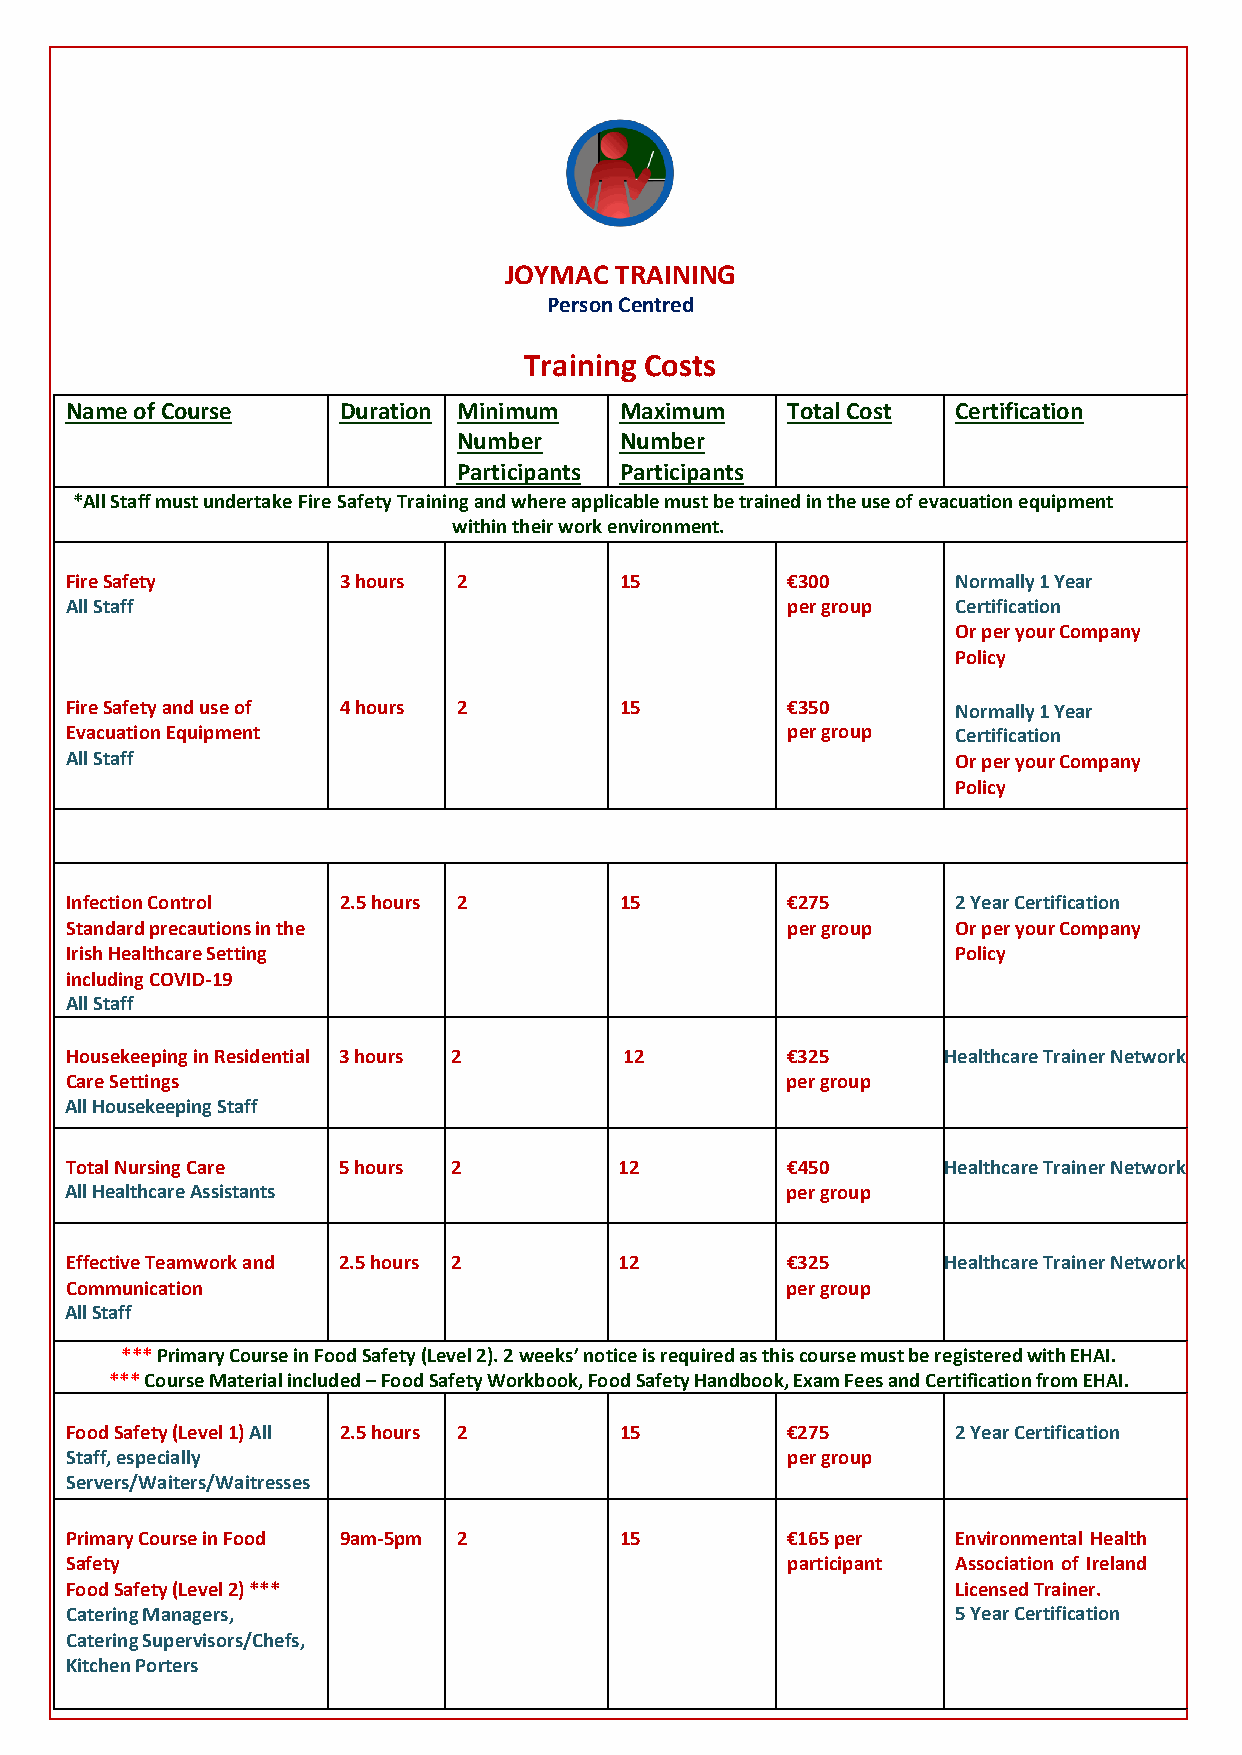
JOYMAC  TRAINING
 Person Centred
 Training Costs
 Name of Course    Duration Minimum   Maximum    Total Cost Certification
 Number     Number
 Participants Participants
 *All Staff must undertake Fire Safety Training and where applicable must be trained in the use of evacuation equipment
 within their work environment.
 Fire Safety       3 hours 2          15         €300       Normally 1 Year
 All Staff                                       per group  Certification
 Or per your Company
 Policy
 Fire Safety and use of 4 hours 2     15         €350       Normally 1 Year
 Evacuation Equipment                            per group  Certification
 All Staff                                                  Or per your Company
 Policy
 Infection Control 2.5 hours 2        15         €275       2 Year Certification
 Standard precautions in the                     per group  Or per your Company
 Irish Healthcare Setting                                   Policy
 including COVID-19
 All Staff
 Housekeeping in Residential 3 hours 2 12        €325       Healthcare Trainer Network
 Care Settings                                   per group
 All Housekeeping Staff
 Total Nursing Care 5 hours 2         12         €450       Healthcare Trainer Network
 All Healthcare Assistants                       per group
 Effective Teamwork and 2.5 hours 2   12         €325       Healthcare Trainer Network
 Communication                                   per group
 All Staff
 *** Primary Course in Food Safety (Level 2). 2 weeks’ notice is required as this course must be registered with EHAI.
 *** Course Material included – Food Safety Workbook, Food Safety Handbook, Exam Fees and Certification from EHAI.
 Food Safety (Level 1) All 2.5 hours 2 15        €275       2 Year Certification
 Staff, especially                               per group
 Servers/Waiters/Waitresses
 Primary Course in Food 9am-5pm 2     15         €165 per   Environmental Health
 Safety                                          participant Association of Ireland
 Food Safety (Level 2) ***                                  Licensed Trainer.
 Catering Managers,                                         5 Year Certification
 Catering Supervisors/Chefs,
 Kitchen Porters